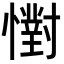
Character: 㦠